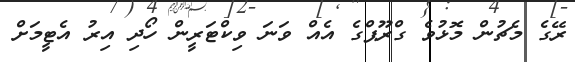
ރޭގެ މެޗުން މޮޅުވެ ގްރޫޕްގެ އެއް ވަނަ ވިކްޓަރީން ހޯދި އިރު އެޓީމަށް